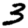
Digit: 3